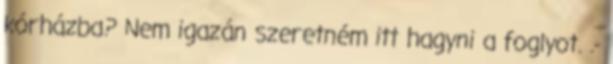
kórházba? Nem igazán szeretném itt hagyni a foglyot. .-